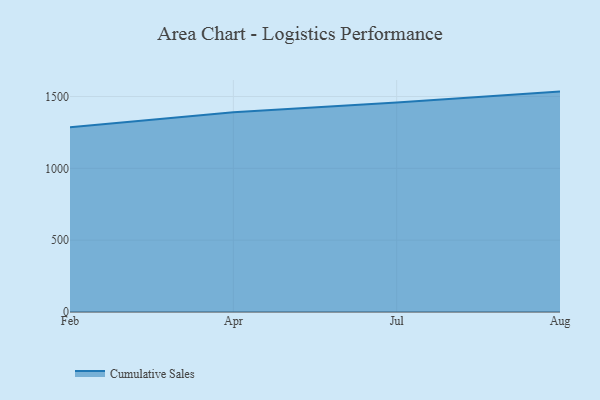
{"axis": {"x": "Month", "y": "Revenue (USD Million)"}, "legend": ["Cumulative Sales"], "data": [{"x": "Feb", "y": 1286.7, "type": "Cumulative Sales"}, {"x": "Apr", "y": 1390.3, "type": "Cumulative Sales"}, {"x": "Jul", "y": 1458.4, "type": "Cumulative Sales"}, {"x": "Aug", "y": 1534.3, "type": "Cumulative Sales"}]}